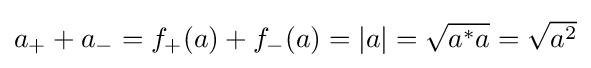
{\textstyle a_{+}+a_{-}=f_{+}(a)+f_{-}(a)=|a|={\sqrt {a^{*}a}}={\sqrt {a^{2}}}}